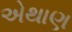
એથાણ